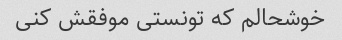
خوشحالم که تونستی موفقش کنی